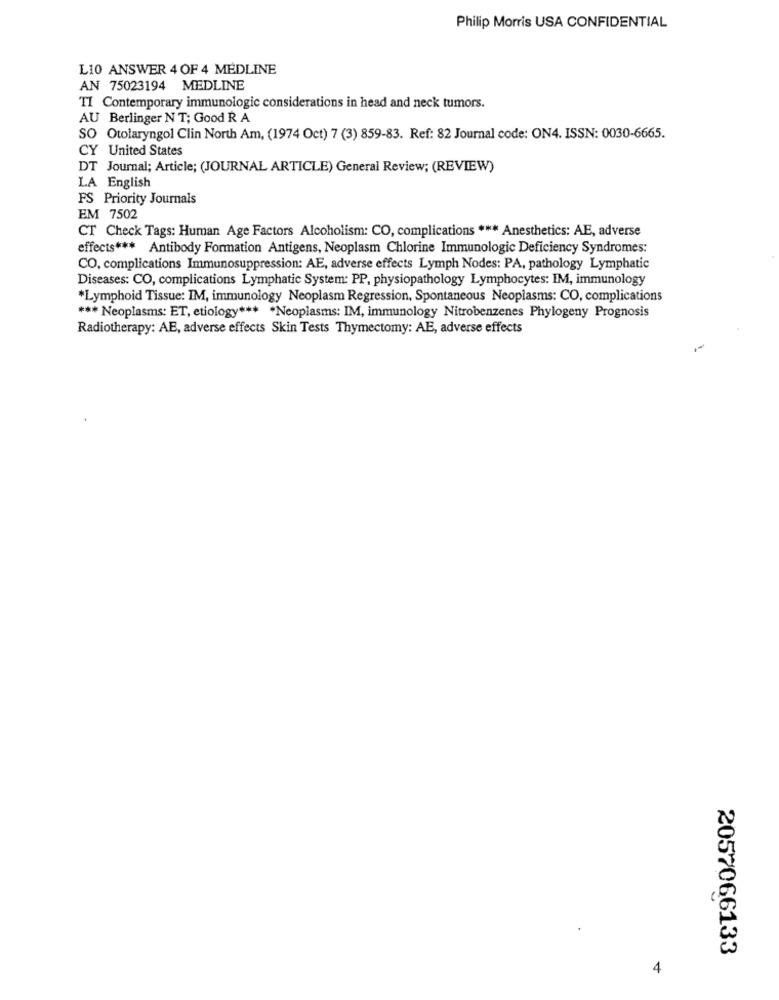
Philip Morris USA CONFIDENTIAL
L10 ANSWER 4 OF 4 MEDLINE
AN 75023194 MEDLINE
TI Contemporary immunologic considerations in head and neck tumors.
AU Berlinger N T; Good R A
SO Otolaryngol Clin North Am, (1974 Oct) 7 (3) 859-83. Ref: 82 Journal code: ON4. ISSN: 0030-6665.
CY United States
DT Journal; Article; (JOURNAL ARTICLE) General Review; (REVIEW)
LA English
FS Priority Journals
EM 7502
CT Check Tags: Human Age Factors Alcoholism: CO, complications *** Anesthetics: AE, adverse
effects *** Antibody Formation Antigens, Neoplasm Chlorine Immunologic Deficiency Syndromes:
CO, complications Immunosuppression: AE, adverse effects Lymph Nodes: PA, pathology Lymphatic
Diseases: CO, complications Lymphatic System: PP, physiopathology Lymphocytes: IM, immunology
*Lymphoid Tissue: IM, immunology Neoplasm Regression, Spontaneous Neoplasms: CO, complications
*** Neoplasms: ET, etiology *** * Neoplasms: IM, immunology Nitrobenzenes Phylogeny Prognosis
Radiotherapy: AE, adverse effects Skin Tests Thymectomy: AE, adverse effects
2057066133
4